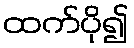
ထက်ပို၍